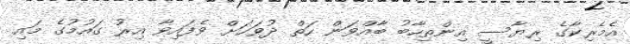
އެމެެރިކާގެ ރިޔާސީ އިންތިހާބު ބާއްވަން ހަތް ދުވަހަށް ވެފައިވާ އިރު ގައުމުގެ މައި